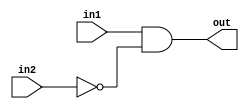
module another(
    input in1,
    input in2,
    output out

);
    assign out = in1 & (!in2);

endmodule